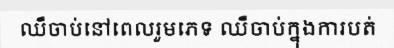
ឈឺចាប់នៅពេលរួមភេទ ឈឺចាប់ក្នុងការបត់